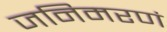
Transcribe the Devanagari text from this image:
जनिमरणं